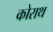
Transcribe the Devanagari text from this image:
कोराथ